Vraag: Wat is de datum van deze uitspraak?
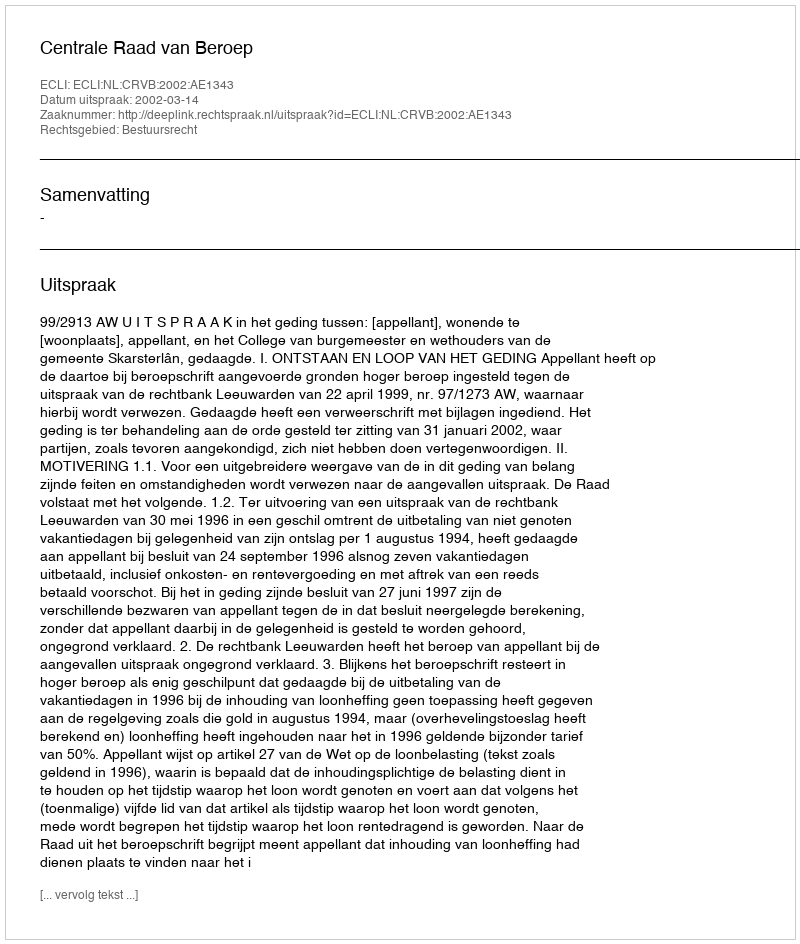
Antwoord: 2002-03-14